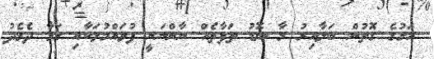
އަގުގެ ގޮތުން ބަލާއިރު މާ ބޮޑު ތަފާތެއް ނާންނަނީ ފުވައްމުލަކާއި ގަމާ ދެމެދު